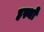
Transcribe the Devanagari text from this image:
हस्थों